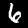
Label: 6